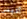
أليس